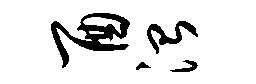
酉治